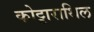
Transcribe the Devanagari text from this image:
कोट्टाराथिल